Lunatic asylums in Bengal annual reports 1899-1911 - 1899-1911
Year: 1899
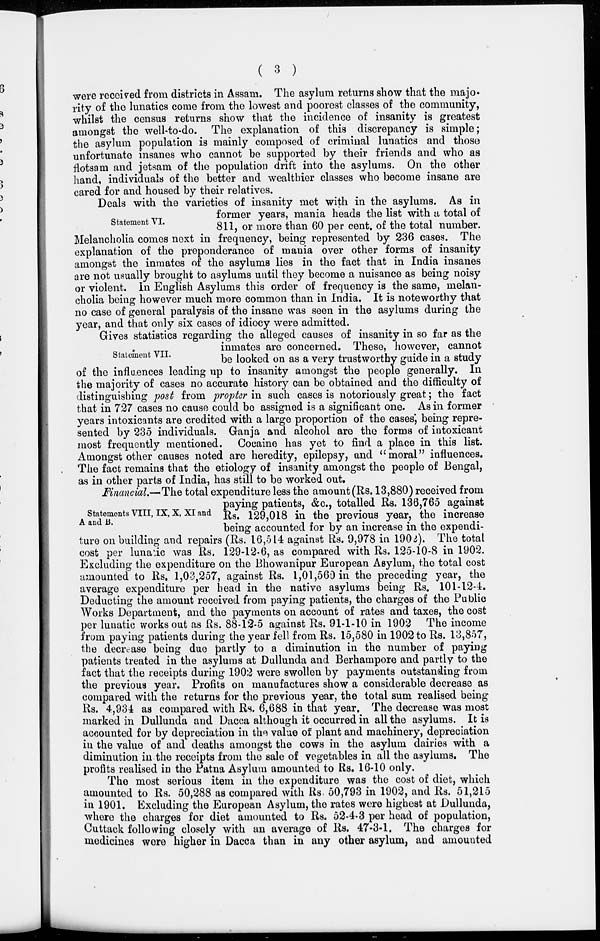
( 3 )
were received from districts in Assam. The asylum returns show that the majo-
rity of the lunatics come from the lowest and poorest classes of the community,
whilst the census returns show that the incidence of insanity is greatest
amongst the well-to-do. The explanation of this discrepancy is simple;
the asylum population is mainly composed of criminal lunatics and those
unfortunate insanes who cannot be supported by their friends and who as
flotsam and jetsam of the population drift into the asylums. On the other
hand, individuals of the better and wealthier classes who become insane are
cared for and housed by their relatives.
Statement VI.
Deals with the varieties of insanity met with in the asylums. As in
former years, mania heads the list with a total of
811, or more than 60 per cent. of the total number.
Melancholia comes next in frequency, being represented by 236 cases. The
explanation of the preponderance of mania over other forms of insanity
amongst the inmates of the asylums lies in the fact that in India insanes
are not usually brought to asylums until they become a nuisance as being noisy
or violent. In English Asylums this order of frequency is the same, melan-
cholia being however much more common than in India. It is noteworthy that
no case of general paralysis of the insane was seen in the asylums during the
year, and that only six cases of idiocy were admitted.
Statement VII.
Gives statistics regarding the alleged causes of insanity in so far as the
inmates are concerned. These, however, cannot
be looked on as a very trustworthy guide in a study
of the influences leading up to insanity amongst the people generally. In
the majority of cases no accurate history can be obtained and the difficulty of
distinguishing post from propter in such cases is notoriously great; the fact
that in 727 cases no cause could be assigned is a significant one. As in former
years intoxicants are credited with a large proportion of the cases; being repre-
sented by 235 individuals. Ganja and alcohol are the forms of intoxicant
most frequently mentioned. Cocaine has yet to find a place in this list.
Amongst other causes noted are heredity, epilepsy, and "moral" influences.
The fact remains that the etiology of insanity amongst the people of Bengal,
as in other parts of India, has still to be worked out.
Statements VIII, IX, X, XI and
A and B.
Financial.—The total expenditure less the amount (Rs. 13,880) received from
paying patients, &c., totalled Rs. 136,765 against
Rs. 129,018 in the previous year, the increase
being accounted for by an increase in the expendi-
ture on building and repairs (Rs. 16,514 against Rs. 9,978 in 1902). The total
cost per lunatic was Rs. 129-12-6, as compared with Rs. 125-10-8 in 1902.
Excluding the expenditure on the Bhowanipur European Asylum, the total cost
amounted to Rs. 1,03,257, against Rs. 1,01,560 in the preceding year, the
average expenditure per head in the native asylums being Rs. 101-12-4.
Deducting the amount received from paying patients, the charges of the Public
Works Department, and the payments on account of rates and taxes, the cost
per lunatic works out as Rs. 88-12-5 against Rs. 91-1-10 in 1902 The income
from paying patients during the year fell from Rs. 15,580 in 1902 to Rs. 13,857,
the decrease being due partly to a diminution in the number of paying
patients treated in the asylums at Dullunda and Berhampore and partly to the
fact that the receipts during 1902 were swollen by payments outstanding from
the previous year. Profits on manufactures show a considerable decrease as
compared with the returns for the previous year, the total sum realised being
Rs. 4,934 as compared with Rs. 6,688 in that year. The decrease was most
marked in Dullunda and Dacca although it occurred in all the asylums. It is
accounted for by depreciation in the value of plant and machinery, depreciation
in the value of and deaths amongst the cows in the asylum dairies with a
diminution in the receipts from the sale of vegetables in all the asylums. The
profits realised in the Patna Asylum amounted to Rs. 16-10 only.
The most serious item in the expenditure was the cost of diet, which
amounted to Rs. 50,288 as compared with Rs. 50,793 in 1902, and Rs. 51,215
in 1901. Excluding the European Asylum, the rates were highest at Dullunda,
where the charges for diet amounted to Rs. 52-4-3 per head of population,
Cuttack following closely with an average of Rs. 47-3-1. The charges for
medicines were higher in Dacca than in any other asylum, and amounted